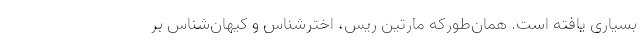
بسیاری یافته است. همان‌طورکه مارتین ریس، اخترشناس و کیهان‌شناس بر